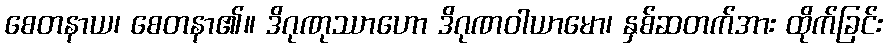
စေတနာယ၊ စေတနာ၏။ ဒိဂုဏုဿာဟော ဒိဂုဏဝါယာမော၊ နှစ်ဆတက်အား ထိုက်ခြင်း